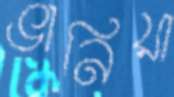
ভানিয়া